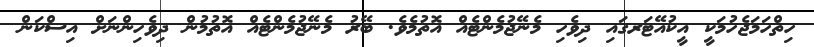
ހިތްހަމަޖެހުމަކީ އީކުއޭޓަރގައި ދިވެހި މެނޭޖުމެންޓެއް އޮތުމެވެ. ބޭރު މެނޭޖުމެންޓެއް އޮތުމުން ދިވެހިންނަށް އިސްކަން